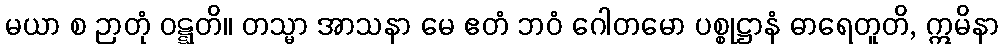
မယာ စ ဉာတုံ ဝဋ္ဋတိ။ တသ္မာ အာသနာ မေ ဧတံ ဘဝံ ဂေါတမော ပစ္စုဋ္ဌာနံ ဓာရေတူတိ, ဣမိနာ